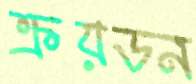
ক্রয়ডন